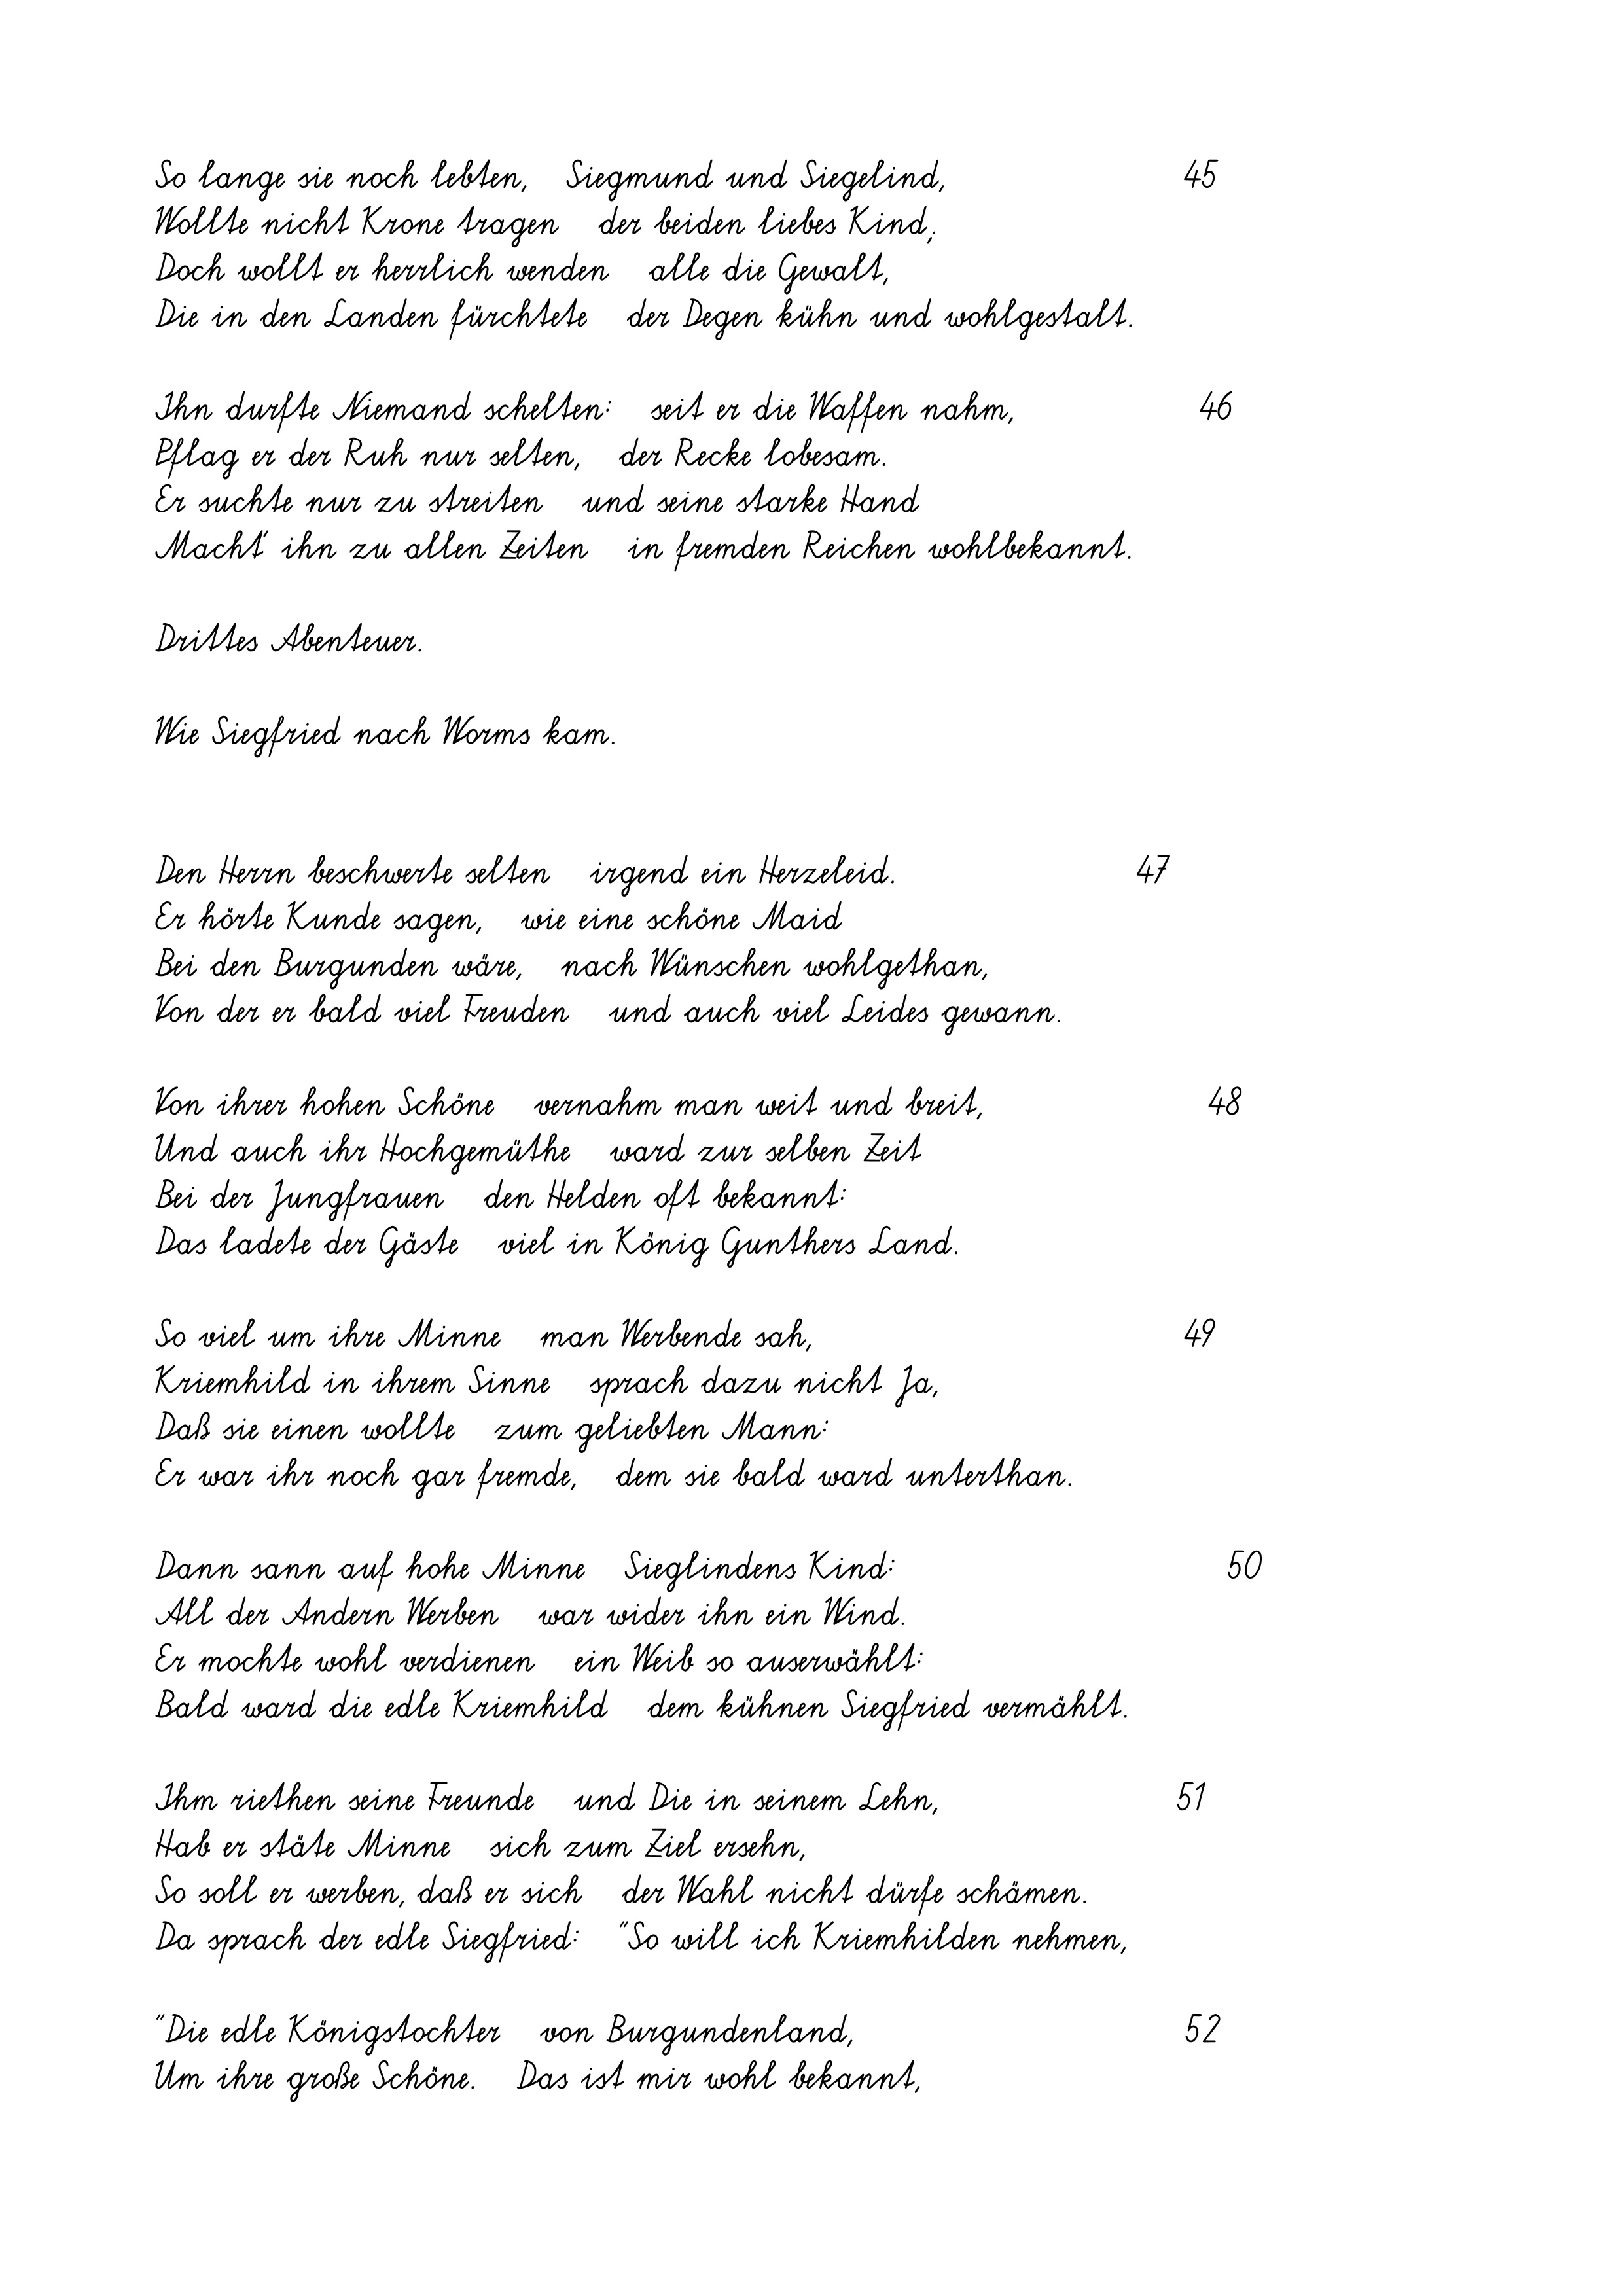
o lange sie noch lebten,   Siegmund und Siegelind,
Wollte nicht Krone tragen   der beiden liebes Kind;
Doch wollt er herrlich wenden   alle die Gewalt,
Die in den Landen fürchtete   der Degen kühn und wohlgestalt.
Ihn durfte Niemand schelten:   seit er die Waffen nahm,
Pflag er der Ruh nur selten,   der Recke lobesam.
Er suchte nur zu streiten   und seine starke Hand
Macht' ihn zu allen Zeiten   in fremden Reichen wohlbekannt.
Drittes Abenteuer.
Wie Siegfried nach Worms kam.
Den Herrn beschwerte selten   irgend ein Herzeleid.
Er hörte Kunde sagen,   wie eine schöne Maid
Bei den Burgunden wäre,   nach Wünschen wohlgethan,
Von der er bald viel Freuden   und auch viel Leides gewann.
Von ihrer hohen Schöne   vernahm man weit und breit,
Und auch ihr Hochgemüthe   ward zur selben Zeit
Bei der Jungfrauen   den Helden oft bekannt:
Das ladete der Gäste   viel in König Gunthers Land.
So viel um ihre Minne   man Werbende sah,
Kriemhild in ihrem Sinne   sprach dazu nicht Ja,
Daß sie einen wollte   zum geliebten Mann:
Er war ihr noch gar fremde,   dem sie bald ward unterthan.
Dann sann auf hohe Minne   Sieglindens Kind:
All der Andern Werben   war wider ihn ein Wind.
Er mochte wohl verdienen   ein Weib so auserwählt:
Bald ward die edle Kriemhild   dem kühnen Siegfried vermählt.
Ihm riethen seine Freunde   und Die in seinem Lehn,
Hab er stäte Minne   sich zum Ziel ersehn,
So soll er werben, daß er sich   der Wahl nicht dürfe schämen.
Da sprach der edle Siegfried:   "So will ich Kriemhilden nehmen,
"Die edle Königstochter   von Burgundenland,
Um ihre große Schöne.   Das ist mir wohl bekannt,

47

51

49

45
46

48

50